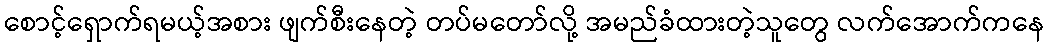
စောင့်ရှောက်ရမယ့်အစား ဖျက်စီးနေတဲ့ တပ်မတော်လို့ အမည်ခံထားတဲ့သူတွေ လက်အောက်ကနေ